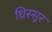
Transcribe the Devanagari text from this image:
थ्रिस्सुर